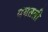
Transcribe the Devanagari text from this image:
पगतली